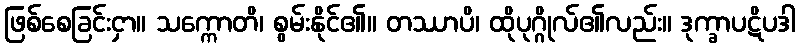
ဖြစ်စေခြင်းငှာ။ သက္ကောတိ၊ စွမ်းနိုင်၏။ တဿာပိ၊ ထိုပုဂ္ဂိုလ်၏လည်း။ ဒုက္ခာပဋိပဒါ